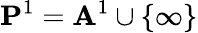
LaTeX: \mathbf{P}^{1}=\mathbf{A}^{1}\cup\{ \infty\}